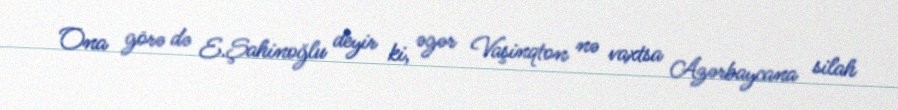
Ona görə də E.Şahinoğlu deyir ki, əgər Vaşinqton nə vaxtsa Azərbaycana silah